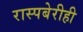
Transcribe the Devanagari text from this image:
रास्पबेरीही